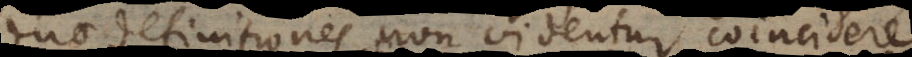
duo definitiones non videntur coincidere